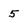
Character: 5